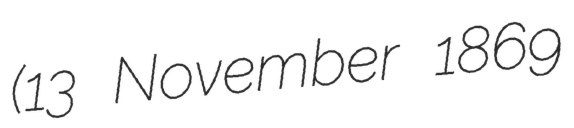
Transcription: (13 November 1869